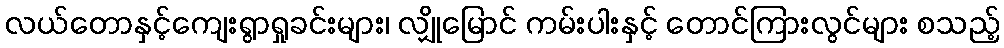
လယ်တောနှင့်ကျေးရွာရှုခင်းများ၊ လျှိုမြောင် ကမ်းပါးနှင့် တောင်ကြားလွင်များ စသည့်